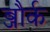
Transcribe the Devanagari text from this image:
ब्जौर्क